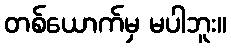
တစ်ယောက်မှ မပါဘူး။